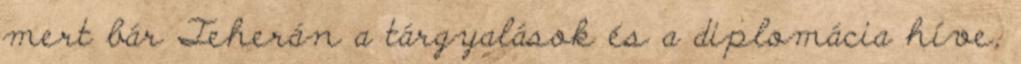
mert bár Teherán a tárgyalások és a diplomácia híve,